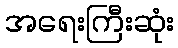
အရေးကြီးဆုံး